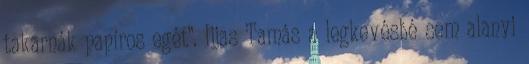
takarnák papíros egét”. Ijjas Tamás a legkevésbé sem alanyi